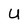
Character: U